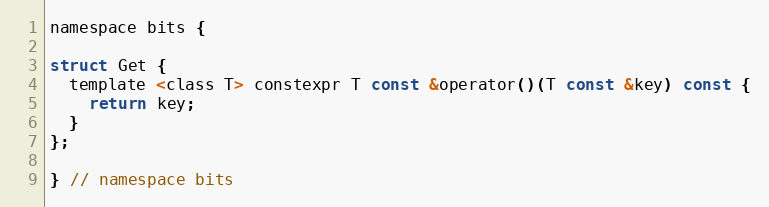
Language: C
namespace bits {

struct Get {
  template <class T> constexpr T const &operator()(T const &key) const {
    return key;
  }
};

} // namespace bits